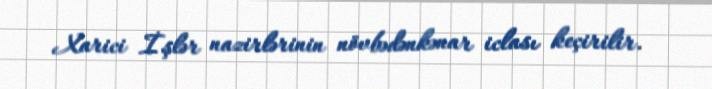
Xarici İşlər nazirlərinin növbədənkənar iclası keçirilir.